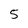
Character: 5